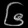
Digit: ၆